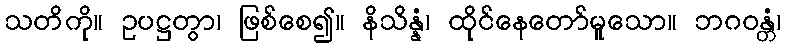
သတိကို။ ဥပဋ္ဌတွာ၊ ဖြစ်စေ၍။ နိသိန္နံ၊ ထိုင်နေတော်မူသော။ ဘဂဝန္တံ၊